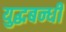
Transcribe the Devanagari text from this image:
युद्धबन्धी